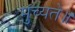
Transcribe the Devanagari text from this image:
मुच्यते॥